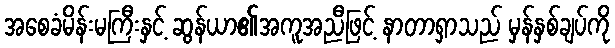
အစေခံမိန်းမကြီးနှင့် ဆွန်ယာ၏အကူအညီဖြင့် နာတာရှာသည် မှန်နှစ်ချပ်ကို